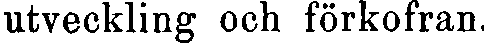
utveckling och förkofran.